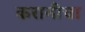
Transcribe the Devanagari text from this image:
करानीचा